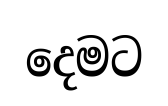
දෙමට